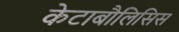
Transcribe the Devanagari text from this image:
केटाबौलिसिस